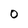
Character: O